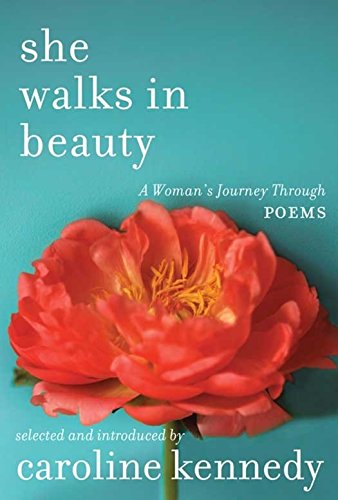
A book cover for She Walks in Beauty: A Woman's Journey Through Poems; Caroline Kennedy; Literature & Fiction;